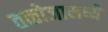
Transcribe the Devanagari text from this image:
तळोजामध्ये